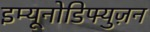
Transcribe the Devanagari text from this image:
इम्यूनोडिफ्युज़न